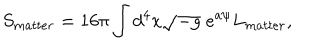
LaTeX: S _ { m a t t e r } = 1 6 \pi \int d ^ { 4 } x \sqrt { - g } \; e ^ { a \psi } L _ { m a t t e r } ,